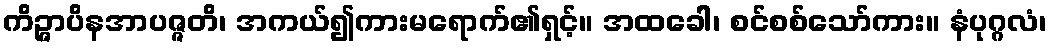
ကိဉ္ဇာပိနအာပဇ္ဇတိ၊ အကယ်၍ကားမရောက်၏ရှင့်။ အထခေါ၊ စင်စစ်သော်ကား။ နံပုဂ္ဂလံ၊